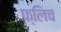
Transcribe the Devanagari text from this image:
फ्लिच